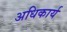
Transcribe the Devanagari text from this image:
अधिकार्य